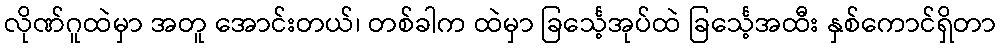
လိုဏ်ဂူထဲမှာ အတူ အောင်းတယ်၊ တစ်ခါက ထဲမှာ ခြင်္သေ့အုပ်ထဲ ခြင်္သေ့အထီး နှစ်ကောင်ရှိတာ